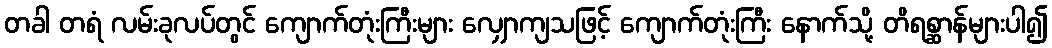
တခါ တရံ လမ်းခုလပ်တွင် ကျောက်တုံးကြီးများ လျှောကျသဖြင့် ကျောက်တုံးကြီး နောက်သို့ တိရစ္ဆာန်များပါ၍